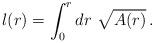
LaTeX: \begin{align*}l(r) = \int_0^r dr\ \sqrt{A(r)} \, .\end{align*}